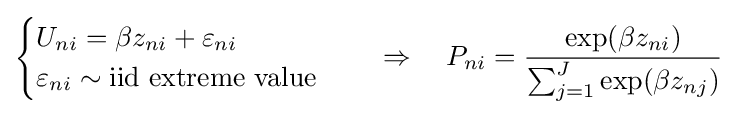
{\begin{cases}U_{ni}=\beta z_{ni}+\varepsilon _{ni}\\\varepsilon _{ni}\sim {\text{iid extreme value}}\end{cases}}\quad \Rightarrow \quad P_{ni}={\exp(\beta z_{ni}) \over \sum _{j=1}^{J}\exp(\beta z_{nj})}